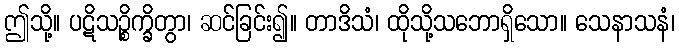
ဤသို့။ ပဋိသဉ္စိက္ခိတွာ၊ ဆင်ခြင်း၍။ တာဒိသံ၊ ထိုသို့သဘောရှိသော။ သေနာသနံ၊